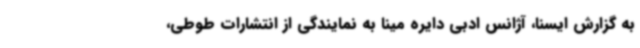
به گزارش ایسنا، آژانس ادبی دایره مینا به نمایندگی از انتشارات طوطی،